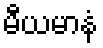
မီယမာနံ